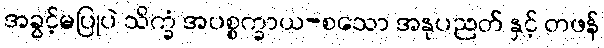
အခွင့်မပြုပဲ သိက္ခံ အပစ္စက္ခာယ-စသော အနုပညတ် နှင့် တဖန်